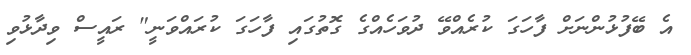
އެ ބޭފުޅުންނަށް ފާހަގަ ކުރެއްވޭ ދުވަހެއްގެ ގޮތުގައި ފާހަގަ ކުރައްވަނީ" ރައީސް ވިދާޅުވި